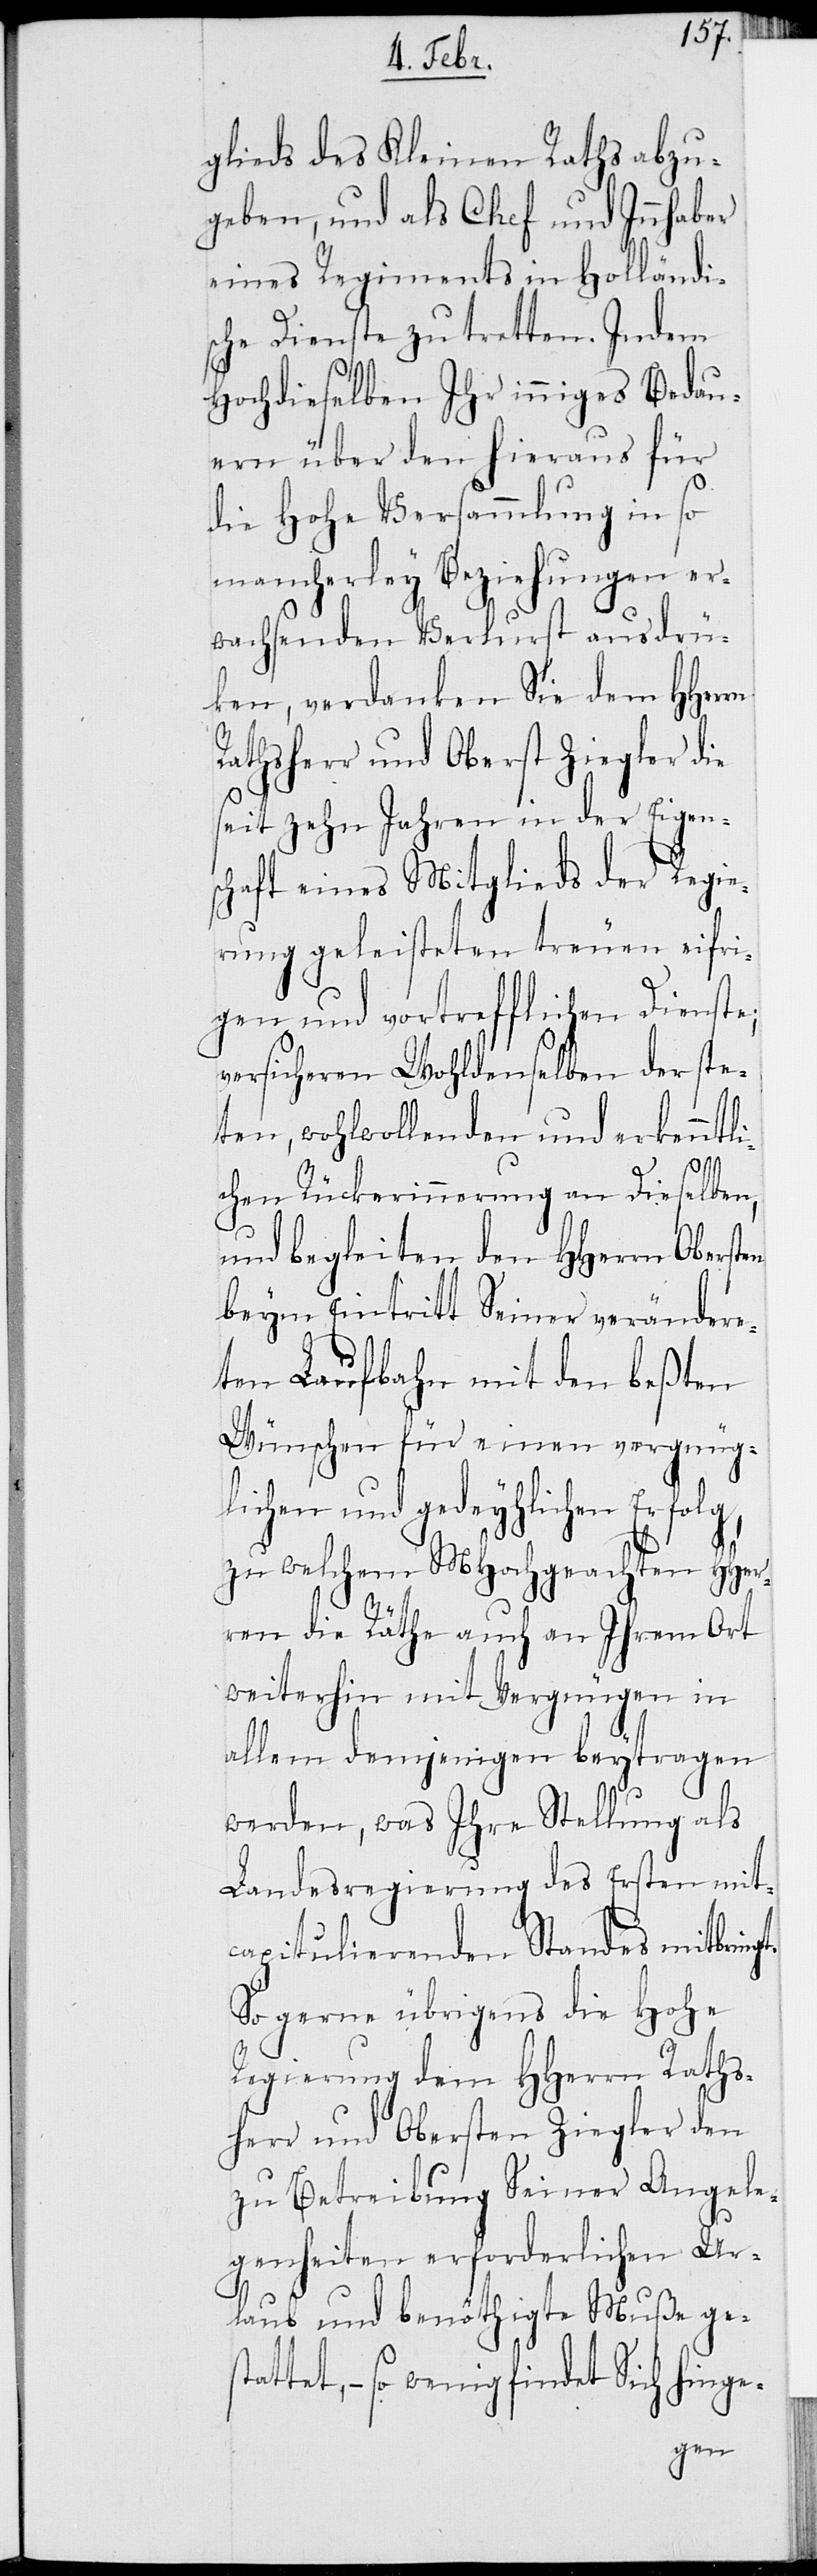
glieds des Kleinen Raths abzu¬
geben, und als Chef und Innhaber
eines Regiments in Holländis¬
che Dienste zu tretten. Indem
Hochdieselben Ihr inniges Bedau¬
ern über den hieraus für
die Hohe Versammlung in so
mancherley Beziehungen er¬
wachsenden Verlust ausdrü¬
ken, verdanken Sie dem HHerrn
Rathsherr und Oberst Ziegler die
seit zehn Jahren in der Eigen¬
schaft eines Mitglieds der Regie¬
rung geleisteten treuen eifri¬
gen und vortrefflichen Dienste;
versicheren Wohldenselben der ste¬
ten, wohlwollenden und erkenntli¬
chen Rückerinnerung an Dieselben,
und begleiten den Herrn Obersten
beym Eintritt Seiner veränder¬
ten Laufbahn mit den besten
Wünschen für einen vergnüg¬
lichen und gedeylichen Erfolg,
zu welchem MHochgeachten HHer¬
ren die Räthe auch an Ihrem Ort
weiterhin mit Vergnügen in
allem demjenigen beytragen
werden, was Ihre Stellung als
Landesregierung des Ersten mit¬
capitulierenden Stands mitbringt.
So gerne übrigens die Hohe
Regierung dem HHerrn Raths¬
herr und Obersten Ziegler den
zu Betreibung Seiner Angele¬
genheiten erforderlichen Ur¬
laub und benöthigte Muße ges¬
tattet, – so wenig findet Sich hinge-